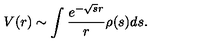
V ( r ) \sim \int { \frac { e ^ { - \sqrt { s } r } } { r } } \rho ( s ) d s .